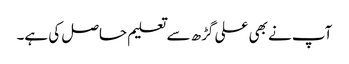
آپ نے بھی علی گڑھ سے تعلیم حاصل کی ہے۔